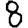
Digit: 8